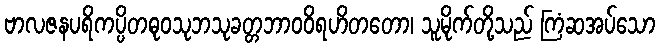
ဗာလဇနပရိကပ္ပိတဓုဝသုဘသုခတ္တဘာဝဝိရဟိတတော၊ သူမိုက်တို့သည် ကြံဆအပ်သော